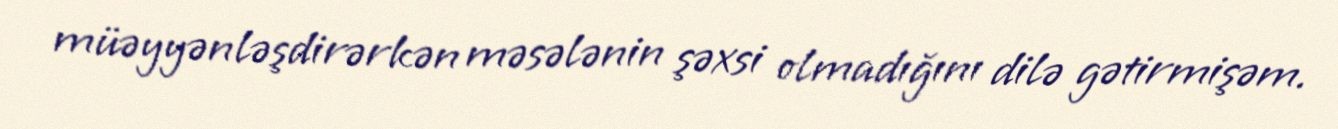
müəyyənləşdirərkən məsələnin şəxsi olmadığını dilə gətirmişəm.